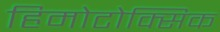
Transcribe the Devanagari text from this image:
हिमोटोक्सिक